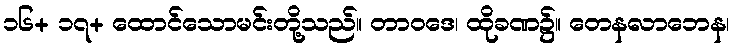
၁၆+ ၁၇+ ထောင်သောမင်းတို့သည်။ တာဝဒေ၊ ထိုခဏ၌။ တေနလာဘေန၊